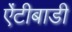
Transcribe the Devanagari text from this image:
ऐंटीबाडी